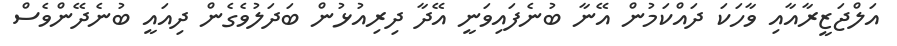
އަލްޖަޒީރާއާއި ވާހަކަ ދައްކަމުން އޭނާ ބުނެފައިވަނީ އޭދާ ދިރިއުޅުން ބަދަލުވެގެން ދިއައީ ބުނެދޭންވެސް